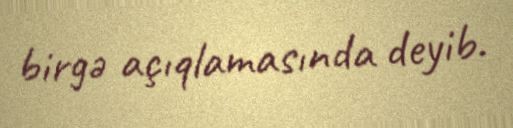
birgə açıqlamasında deyib.